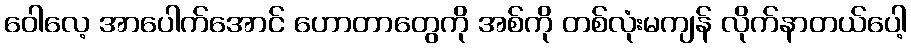
ဝေါလေ့ အာပေါက်အောင် ဟောတာတွေကို အစ်ကို တစ်လုံးမကျန် လိုက်နာတယ်ပေါ့